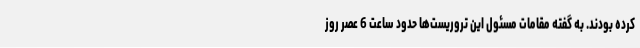
کرده بودند. به گفته مقامات مسئول این تروریست‌ها حدود ساعت 6 عصر روز